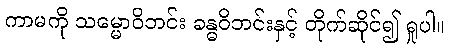
ကာမကို သမ္မောဝိဘင်း ခန္ဓဝိဘင်းနှင့် တိုက်ဆိုင်၍ ရှုပါ။